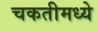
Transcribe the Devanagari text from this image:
चकतीमध्ये